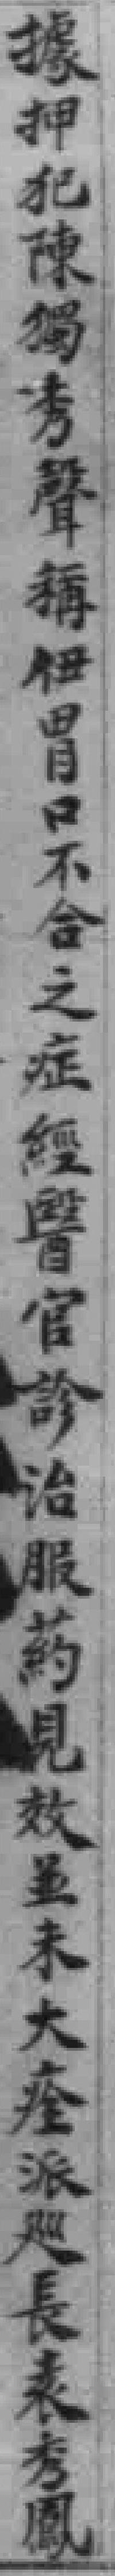
據押犯陳獨秀聲稱伊胃口不合之症經醫官診治服葯見效虽未大痊派巡長袁秀鳳